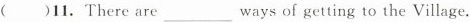
( )11. There are___ ways of getting to the Village.